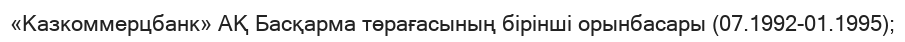
«Казкоммерцбанк» АҚ Басқарма төрағасының бірінші орынбасары (07.1992-01.1995);